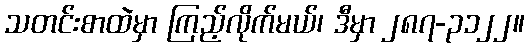
သတင်းစာထဲမှာ ကြည့်လိုက်မယ်၊ ဒီမှာ ၂၈၇-၃၁၂၂။